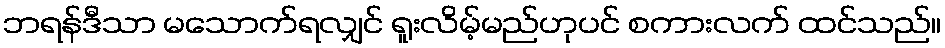
ဘရန်ဒီသာ မသောက်ရလျှင် ရူးလိမ့်မည်ဟုပင် စကားလက် ထင်သည်။